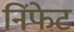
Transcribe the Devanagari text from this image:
निंफेट